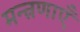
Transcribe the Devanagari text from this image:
मन्त्रणाएँ